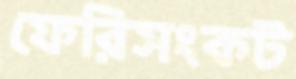
ফেরিসংকট